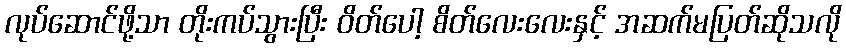
လုပ်ဆောင်ဖို့သာ တိုးကပ်သွားပြီး ဝိတ်ပေါ့ စိတ်လေးလေးနှင့် အဆက်မပြတ်ဆိုသလို